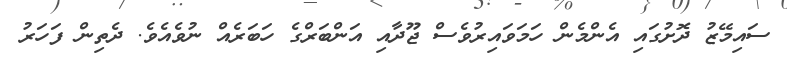
ސައިމޭޒު ދޮށުގައި އެންމެން ހަމަވައިރުވެސް ޖޫދާއި އަންބަރްގެ ހަބަރެއް ނުވެއެވެ. ދެތިން ފަހަރު